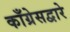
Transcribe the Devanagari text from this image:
काँग्रेसद्वारे